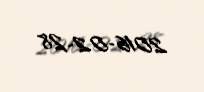
2016-02-28